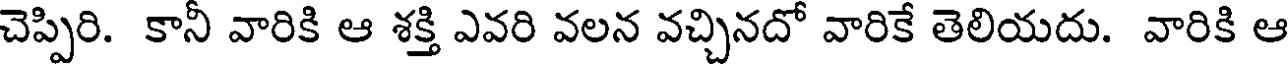
చెప్పిరి. కానీ వారికి ఆ శక్తి ఎవరి వలన వచ్చినదో వారికే తెలియదు. వారికి ఆ